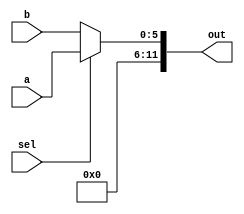
`timescale 1ns / 1ps
////////////////////////////////////////////////////////////////////////////////
// Name     :Vedic Partap
// Roll No. :16CS10053
// Subject  :COA LAB TEST -1 
// File     :Sign-magnitude Binary Multiplier 
// Type     :mux module 
////////////////////////////////////////////////////////////////////////////////
module mux(
    input [5:0] a,
    input [5:0] b,
    input sel,
    output reg [11:0] out
    );
	 always@(sel)
	 begin
		if(sel)
			out <= a;
		else
			out <= b;
	 end


endmodule